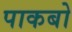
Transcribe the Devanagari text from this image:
पाकबो